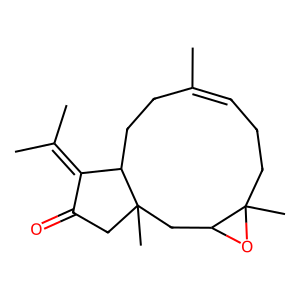
SMILES: CC1=CCCC2(C)OC2CC2(C)CC(=O)C(=C(C)C)C2CC1
Inhibits HIV replication: No